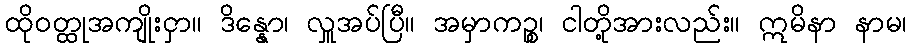
ထိုဝတ္ထုအကျိုးငှာ။ ဒိန္နော၊ လှူအပ်ပြီ။ အမှာကဉ္စ၊ ငါတို့အားလည်း။ ဣမိနာ နာမ၊